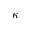
\bar { \kappa }